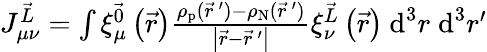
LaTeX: \begin{array}{r}{J_{\mu\nu}^{\vec{L}}=\int\xi_{\mu}^{\vec{0}}\left(\vec{r}\right)\frac{\rho_{\textrm{p}}(\vec{r}\, ^{\prime})-\rho_{\textrm{N}}(\vec{r}\, ^{\prime})}{\left|\vec{r}-\vec{r}\, ^{\prime}\right|}\xi_{\nu}^{\vec{L}}\left(\vec{r}\right)~\textrm{d}^{3}r\; \textrm{d}^{3}r^{\prime}}\end{array}